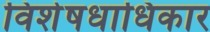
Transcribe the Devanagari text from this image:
विशेषधाधिकार